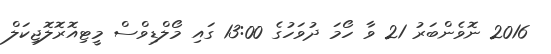
2016 ނޮވެންބަރު 21 ވާ ހޯމަ ދުވަހުގެ 13:00 ގައި މޯލްޑިވްސް މީޓިއޮރޮލޮޖިކަލް